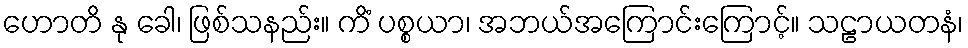
ဟောတိ နု ခေါ၊ ဖြစ်သနည်း။ ကိံ ပစ္စယာ၊ အဘယ်အကြောင်းကြောင့်။ သဠာယတနံ၊